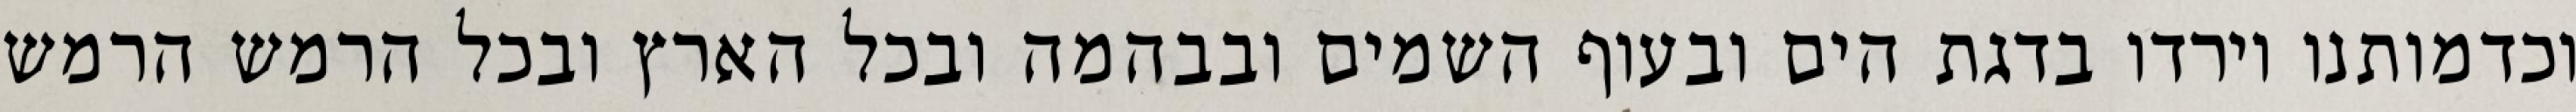
וכדמותנו וירדו בדגת הים ובעוף השמים ובבהמה ובכל הארץ ובכל הרמש הרמש